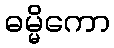
ဓမ္မိကော